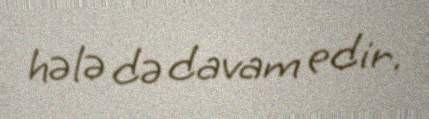
hələ də davam edir.